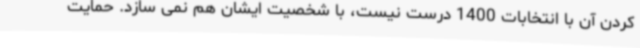
کردن آن با انتخابات 1400 درست نیست، با شخصیت ایشان هم نمی سازد. حمایت